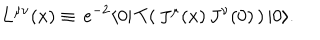
LaTeX: L ^ { \mu \nu } ( x ) \equiv \, e ^ { - 2 } \langle 0 | \, T ( \, J ^ { \mu } ( x ) \, J ^ { \nu } ( 0 ) \, ) \, | 0 \rangle .